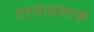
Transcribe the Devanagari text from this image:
परमावश्‍यक